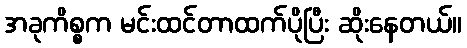
အခုကိစ္စက မင်းထင်တာထက်ပိုပြီး ဆိုးနေတယ်။